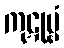
ကုဋုမ္ဗံ